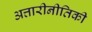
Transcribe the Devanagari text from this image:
अत्तारीनीतिकी